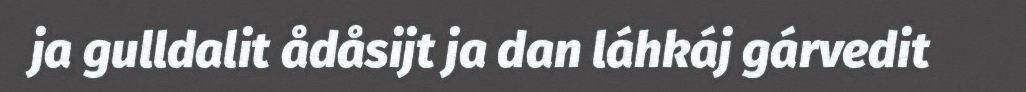
ja gulldalit ådåsijt ja dan láhkáj gárvedit